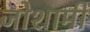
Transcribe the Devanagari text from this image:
जोशामी